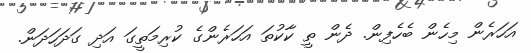
އަހަރެން މިހެން ބެހެފިން. ދެން ތީ ކާކުތަ އަހަރެންގެ ކުރިމަތީގަ އަދި ގަދަހަދަން.